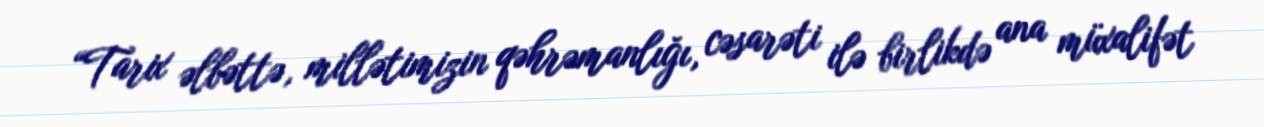
“Tarix əlbəttə, millətimizin qəhrəmanlığı, cəsarəti ilə birlikdə ana müxalifət